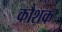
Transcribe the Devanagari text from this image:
कौशक